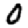
Digit: 0